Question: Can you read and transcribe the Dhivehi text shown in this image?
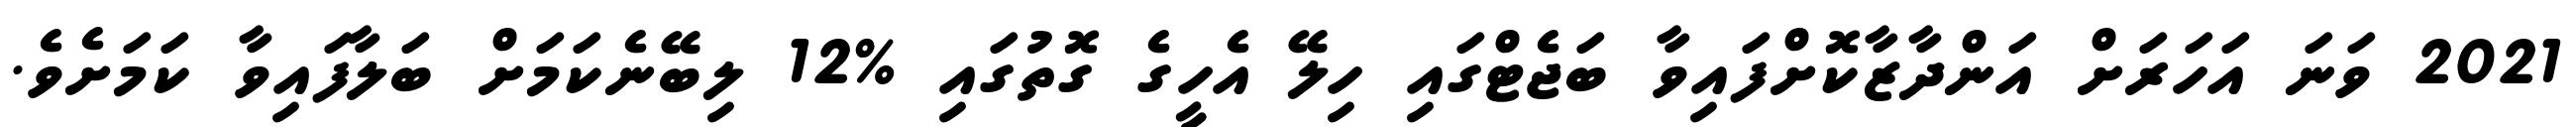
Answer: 2021 ވަނަ އަހަރަށް އަންދާޒާކޮށްފައިވާ ބަޖެޓްގައި ހިލޭ އެހީގެ ގޮތުގައި %12 ލިބޭނެކަމަށް ބަލާފައިވާ ކަމަށެވެ.